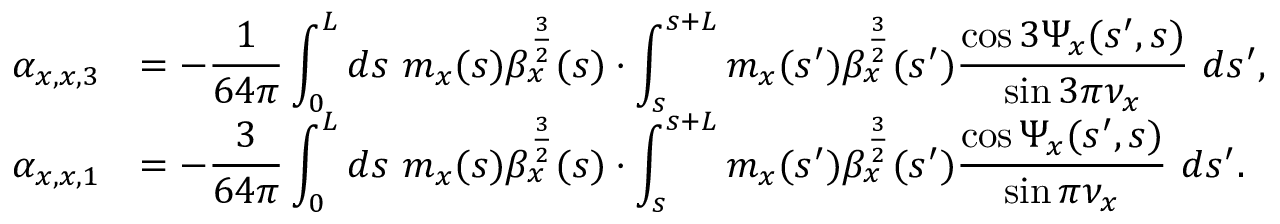
\begin{array} { r l } { \displaystyle \alpha _ { x , x , 3 } } & { \displaystyle = - \frac { 1 } { 6 4 \pi } \int _ { 0 } ^ { L } { d s \ m _ { x } ( s ) \beta _ { x } ^ { \frac { 3 } { 2 } } ( s ) \cdot \int _ { s } ^ { s + L } m _ { x } ( s ^ { \prime } ) \beta _ { x } ^ { \frac { 3 } { 2 } } ( s ^ { \prime } ) \frac { \cos { 3 \Psi _ { x } ( s ^ { \prime } , s ) } } { \sin { 3 \pi \nu _ { x } } } \ d s ^ { \prime } } , } \\ { \displaystyle \alpha _ { x , x , 1 } } & { \displaystyle = - \frac { 3 } { 6 4 \pi } \int _ { 0 } ^ { L } { d s \ m _ { x } ( s ) \beta _ { x } ^ { \frac { 3 } { 2 } } ( s ) \cdot \int _ { s } ^ { s + L } m _ { x } ( s ^ { \prime } ) \beta _ { x } ^ { \frac { 3 } { 2 } } ( s ^ { \prime } ) \frac { \cos { \Psi _ { x } ( s ^ { \prime } , s ) } } { \sin { \pi \nu _ { x } } } \ d s ^ { \prime } } . } \end{array}